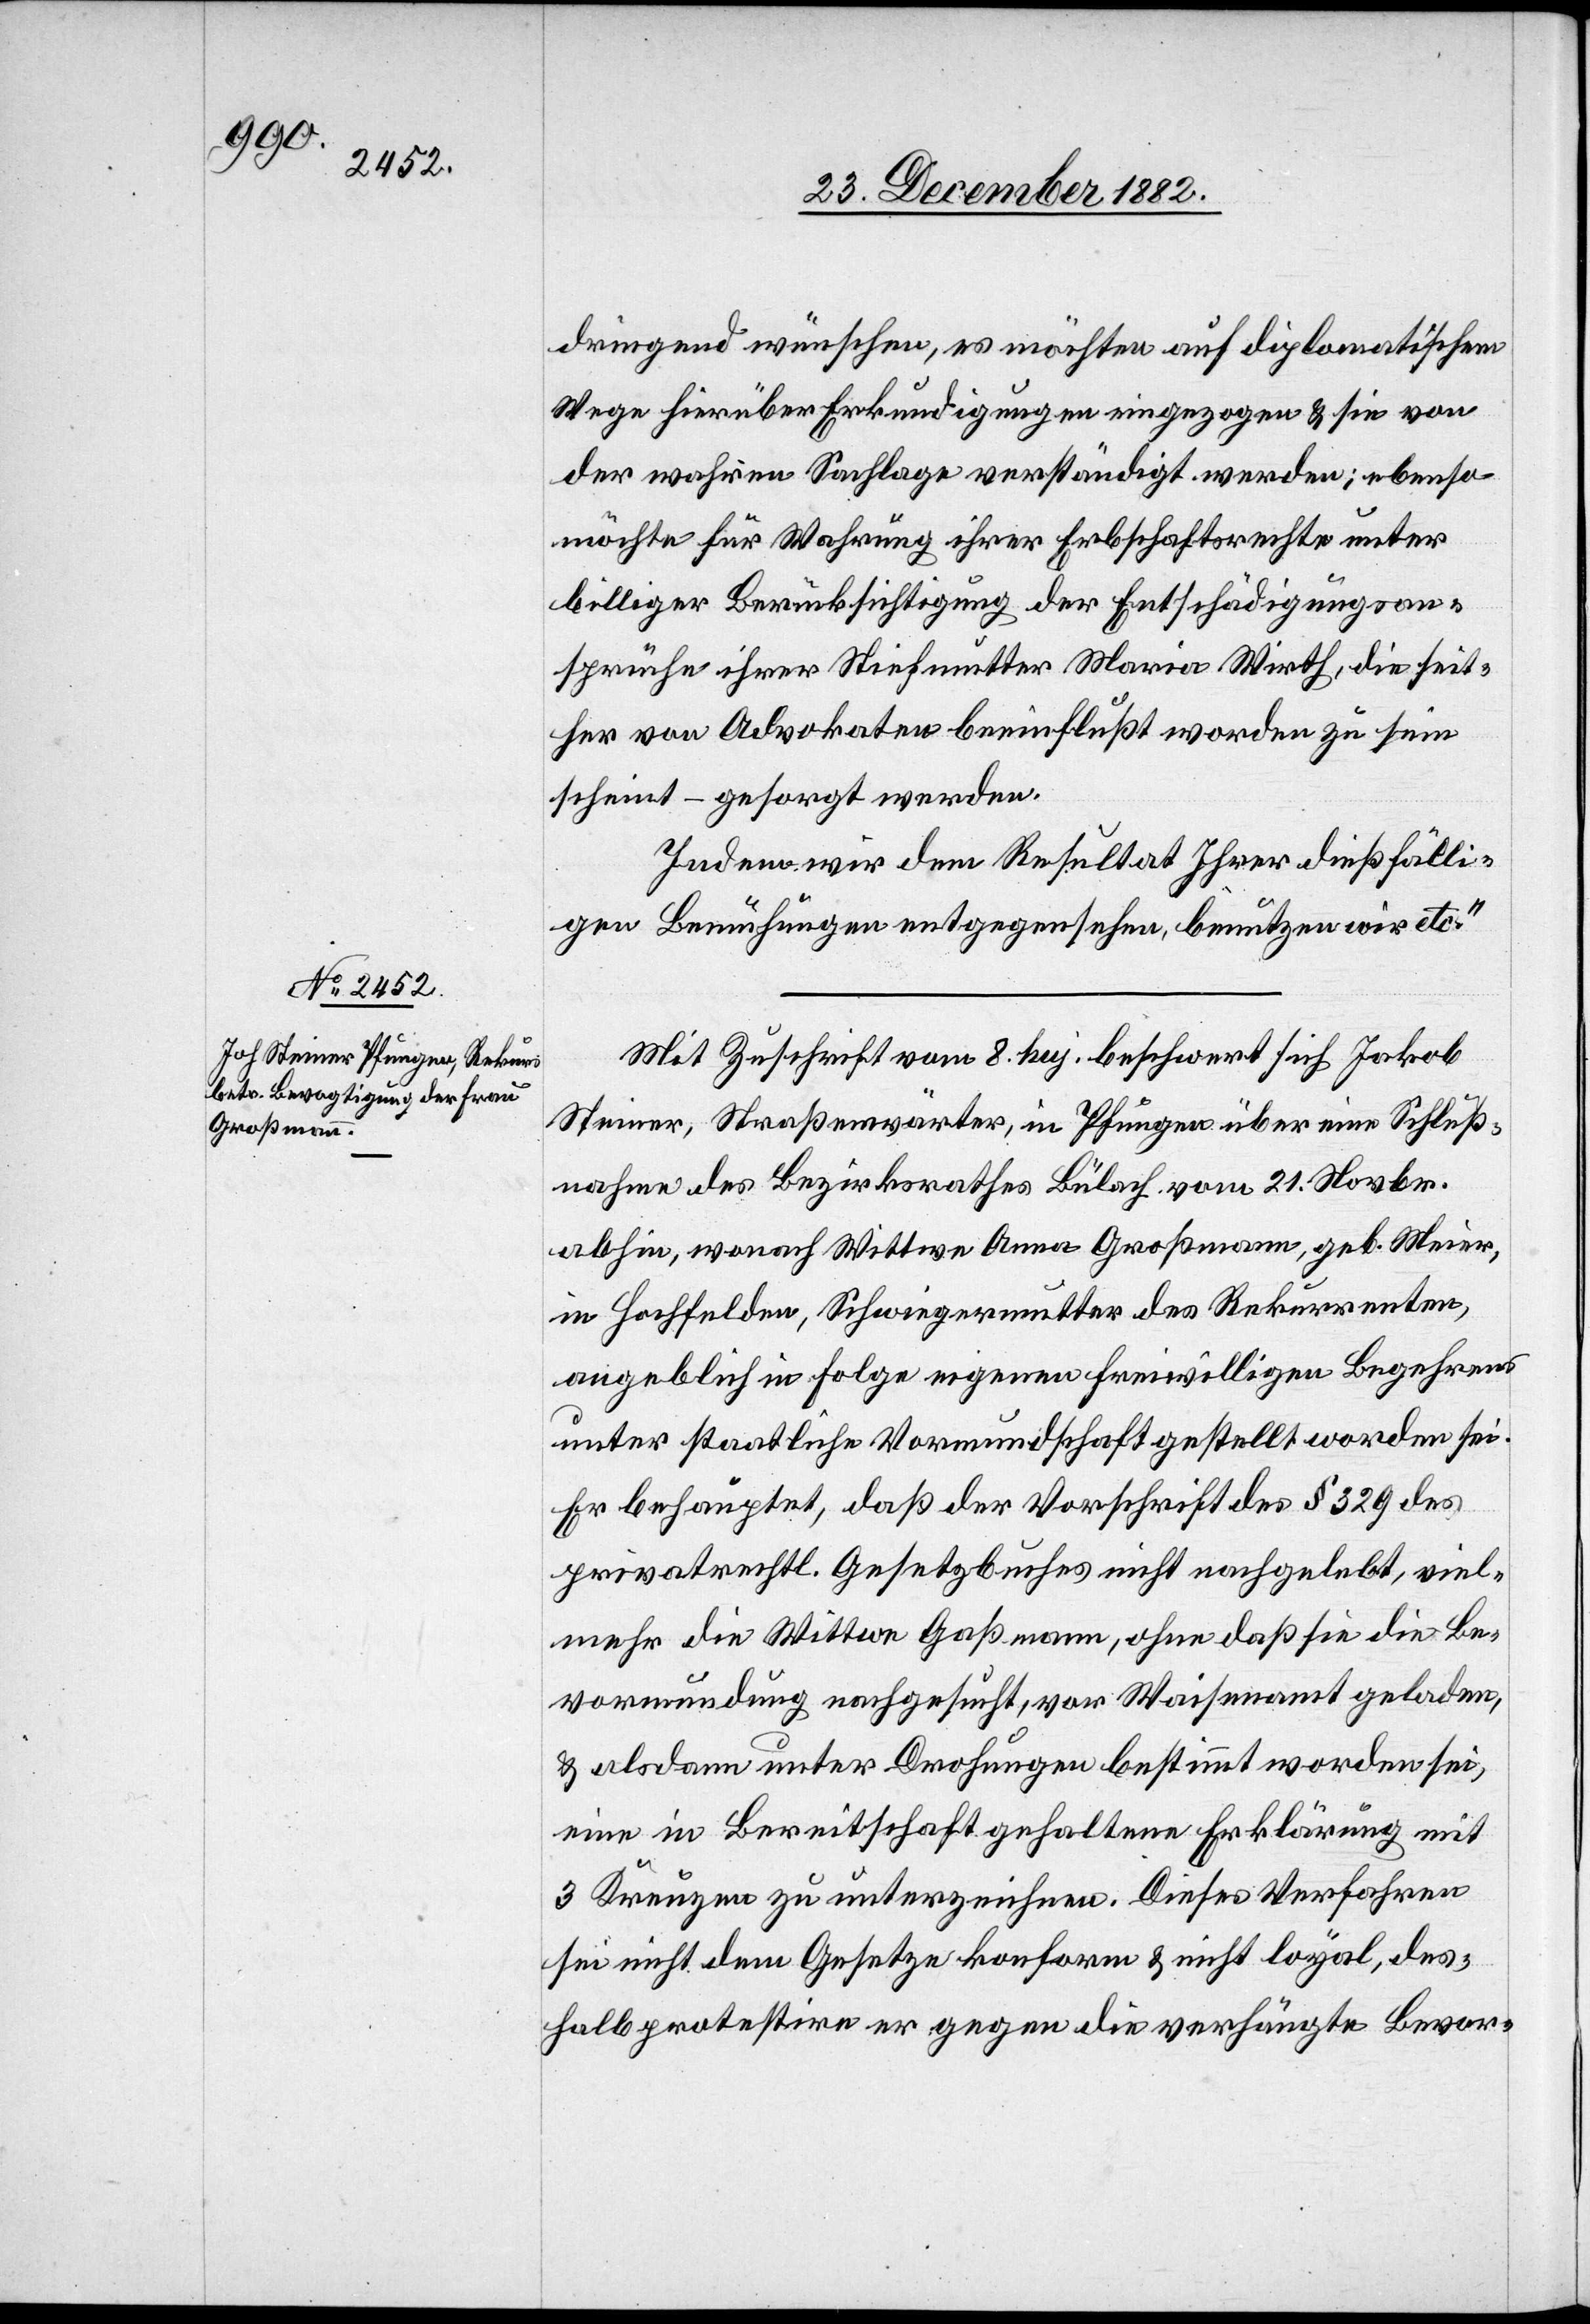
dringend wünschen, es möchten auf diplomatischem
Wege hierüber Erkundigungen eingezogen & sie von
der wahren Sachlage verständigt werden; ebenso
möchte für Wahrung ihrer Erbschaftsrechte unter
billiger Berücksichtigung der Entschädigungsan¬
sprüche ihrer Stiefmutter Maria Wirth, die seit¬
her von Advokaten beeinflußt worden zu sein
scheint – gesorgt werden.
Idem wir dem Resultat Ihrer dießfälli¬
gen Bemühungen entgegensehen, benutzen wird etc.“
Mit Zuschrift vom 8. huj. beschwert sich Jakob
Steiner, Straßenwärter, in Pfungen über eine Schluß¬
nahme des Bezirksrathes Bülach vom 21. Novbr.
abhin, wonach Wittwe Anna Großmann, geb. Meier,
in Hochfelden, Schwiegermutter des Rekurrenten,
angeblich in Folge eigenen freiwilligen Begehrens
unter staatliche Vormundschaft gestellt worden sei.
Er behauptet, daß der Vorschrift des § 329 des
privatrechtl. Gesetzbuches nicht nachgelebt, viel¬
mehr die Wittwe Gaßmann, ohne daß sie die Be¬
vormundung nachgesucht, vor Waisenamt geladen
& alsdann unter Drohungen bestimmt worden sei,
eine in Bereitschaft gehaltene Erklärung mit
3 Kreuzen zu unterzeichnen. Dieses Verfahren
sei nicht dem Gesetze konform & nicht loyal, des¬
halb protestire er gegen die verhängte Bevor-